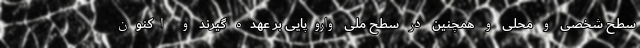
سطح شخصی و محلی و همچنین در سطح ملی واروپایی بر عهده گیرند و اکنون